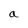
Character: a